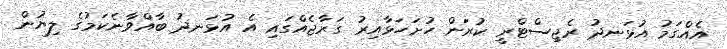
އެއްގަމު އުޅަނދު ރެޖިސްޓްރީ ކުރަން ހުށަހަޅާއިރު ގަރާޖެއްގައި އެ އުޅަނދު ބާއްވާނެކަމުގެ ލިޔުން